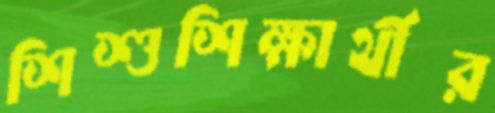
শিশুশিক্ষার্থীর